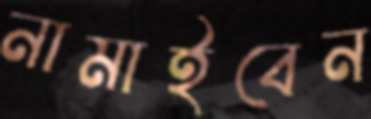
নামাইবেন